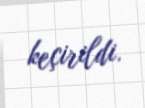
keçirildi.